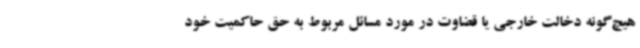
هیچ‌گونه دخالت خارجی یا قضاوت در مورد مسائل مربوط به حق حاکمیت خود